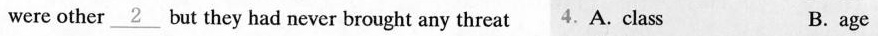
were other\underline{2}but they had never brought any threat.A. Class B. age